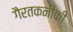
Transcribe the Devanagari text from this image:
गैरतकनीकी